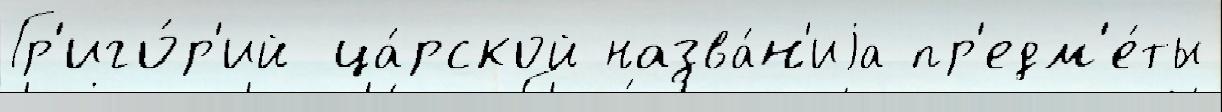
Гр'иго́р'ий ца́рской назва́н'иjа пр'едм'е́ты